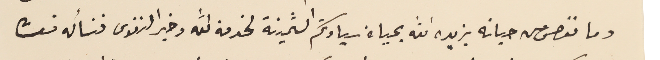
وما نقص من حياته يزيده الله بحياة سيادتكم الثمينة لخدمة الله وخير النفوس فنسأله تعالى